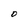
Character: 0